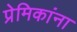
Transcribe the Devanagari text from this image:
प्रेमिकांना